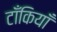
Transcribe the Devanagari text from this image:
टाँकियाँ